Report of an investigation into the causes of malaria in Bombay and the measures necessary for its control
Disease focus: Malaria
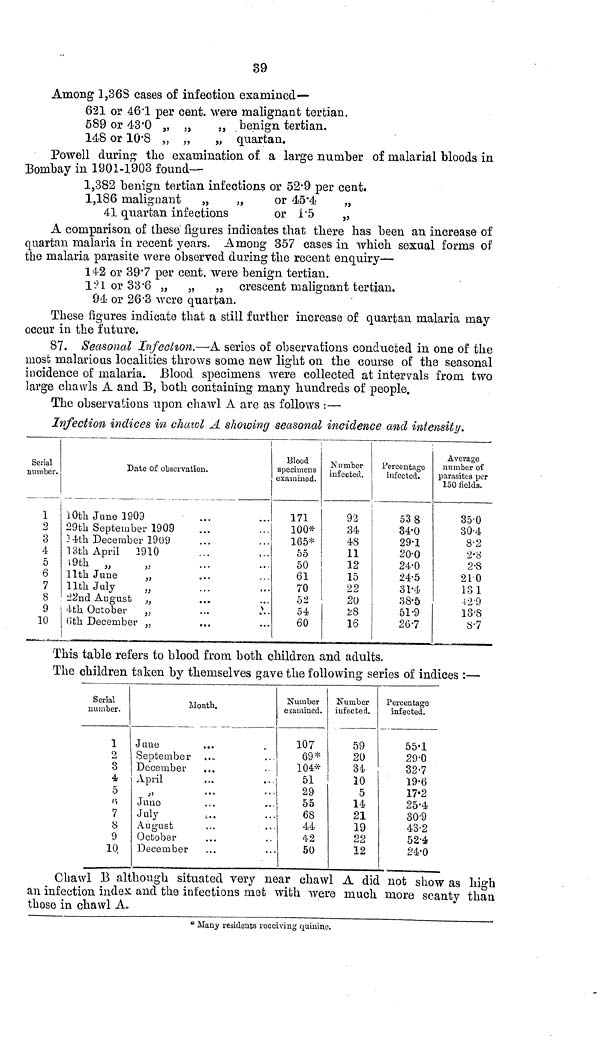
39
Among 1,36S cases of infection examined—
621 or 461 per cent. were malignant tertian.
589 or 43*0 „ „
3 , benign tertian.
148 or 10*8 „ „
„ quartan.
Powell during the examination of. a large number of malarial bloods in
Bombay in 1901-1903 found—
1,382 benign tertian infections or 52*9 per cent.
1,186 malignant
„
„
or 45*4
„
41 quartan infections
or 1'5
„
A comparison of these figures indicates that there has been an increase of
quartan malaria in recent years. Among 357 cases in which sexual forms of
the malaria parasite were observed during the recent enquiry—
14-2 or 39*7 per cent. were benign tertian.
1?1 or 33*6 „ „ ,j crescent malignant tertian.
94 or 26 "3 were quartan.
These figures indicate that a still further increase of quartan malaria may
occur in the future.
87. Seasonal Infection.—A series of observations conducted in one of the
most malarious localities throws some new light on the course of the seasonal
incidence of malaria. Blood specimens were collected at intervals from two
large chawls A and B, both containing many hundreds of people.
The observations upon chawl A are as follows :—
Infection indices in chawl A showing seasonal incidence and intensity.
Serial
number.
1
2
3
4
5
6
7
8
9
10
Date of observation.
ïOtli June 1909
29th September 1909
)4tk December 1909
13th April 2910
i 9th „
11th June
„
lltli July
„
' 22nd August „
4th October „
...
.\.
Oth December „
i
Blood
specimens
examined.
171
100*
165*
55
50
61
70
52
54
60
Number
infected.
92
34
48
11
12
15
22
20
¿8
16
Percentage
infected.
53 8
34-0
29-1
20-0
24-0
24-5
31-4
88-5
51-9
267
Average
number of
parasites per
150 fields.
35-0
30-4
8-2
2-8
2-8
210
13 1
•12-9
13-8
8-7
This table refers to blood from both children and adults.
The children taken by themselves gave the following series of indices :—
Serial
number.
1
2
3
4
5
<s
7
8
9
10
Month.
Juue
September
December
April
June
July
August
October
December
Number
examined.
107
69*
104*
51
29
55
68
44
42
50
Number
infected.
59
20
34
Î0
5
14
21
19
22
12
Percentage
infected.
55-1
29-0
32-7
19-6
17-2
25-4
30-9
43-2
52-4
24-0
Chawl B although situated very near chawl A did not show as high
an infection index and the infections mofc with were much more scanty than
those in chawl A.
* Many residents receiving quinine.